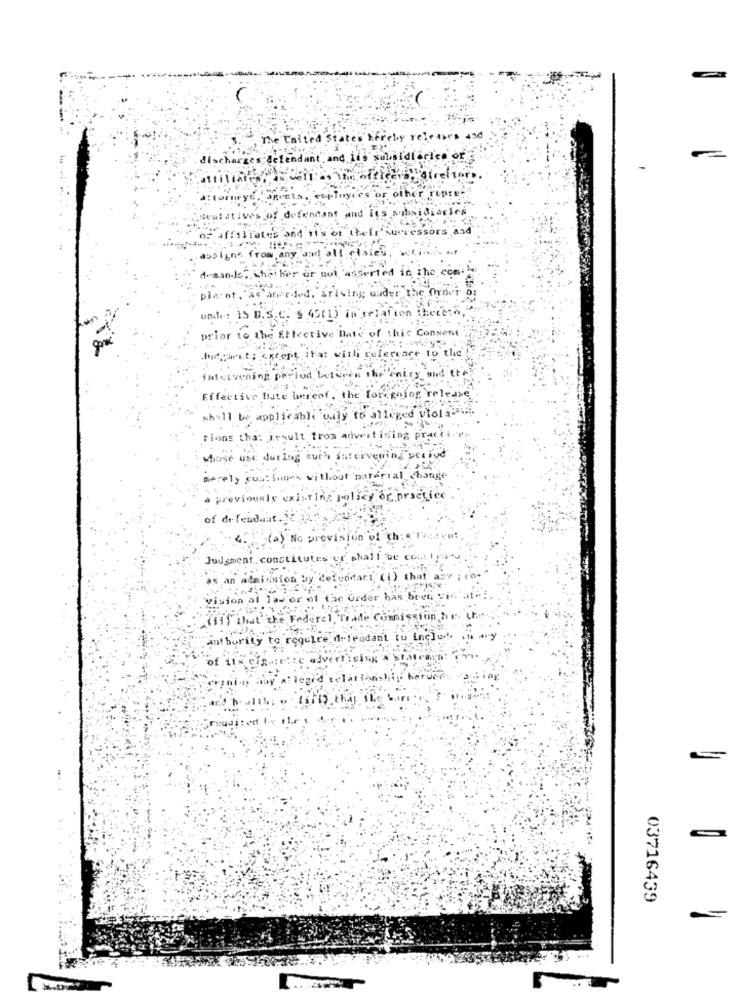
The United States hereby releases and
discharges defendant and its subsidiaries of
rosairehorn.
ARIEts, replayces or other repre-
attorneyé
"sewi atives of defendant and its subsidiaries
of affiliates and it's of their successors and
7-4 **
assigne from any and all ristes, we
d-aande", whether or not 'asserted in the con-
plant, se aneeded, arising under the Order
undr: 15 D.S.C. § 45(1) in relation thereth,
prior to the Effective Date of thic Consent
luccait; < geeft itat with reference to the
intervening period between the inity and the
Effective Biste hereof, the for golog release'
whyll be applicable valy to alleged viola".
tions tha: result from advertiding practi --
whose use dur Ing such intervening uetiod
merely cost fumes without material change
previously existing policy of practice
of de fendaat .it
"No prevision of
Judgment.constitutes er
as an adminsion by 2
vision of la-
(11) that" the
authority to r
of
onship the
03716439